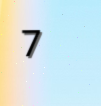
7